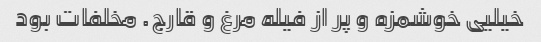
خیلیی خوشمزه و پر از فیله مرغ و قارج. مخلفات بود